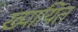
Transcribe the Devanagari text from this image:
ख्पायित